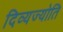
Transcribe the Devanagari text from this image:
दिव्यज्योति